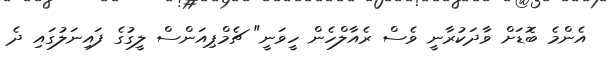
އެންމެ ބޮޑަށް ވާދަކުރާނީ ވެސް ރެއާލްހެން ހީވަނީ" ޗެމްޕިއަންސް ލީގުގެ ފައިނަލުގައި ދެ